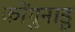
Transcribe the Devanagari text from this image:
कोंगुनाडु